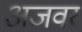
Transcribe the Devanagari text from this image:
अजवर